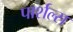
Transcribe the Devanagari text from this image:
पार्शल्स